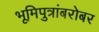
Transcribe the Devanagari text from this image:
भूमिपुत्रांबरोबर